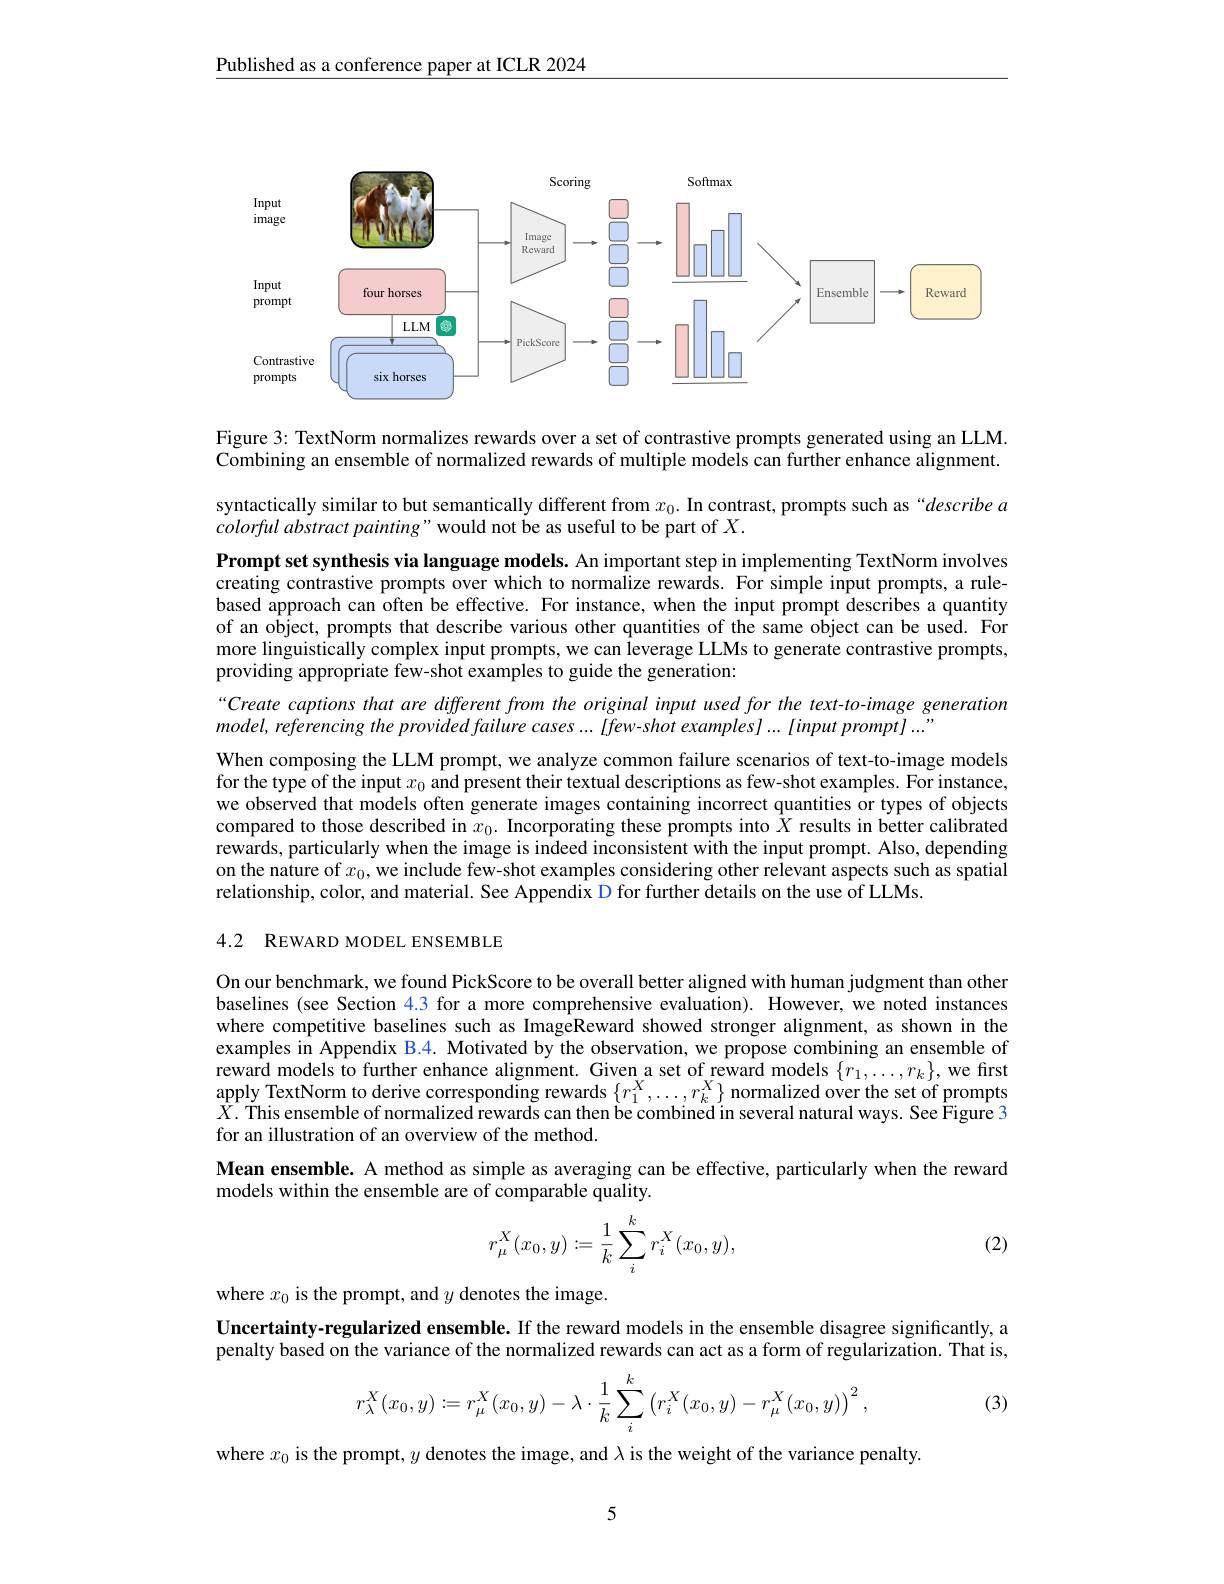
Published as a conference paper at ICLR 2024

<FigureHere>

Figure 3: TextNorm normalizes rewards over a set of contrastive prompts generated using an LLM. $\tilde{\text{Combining an ensemble of normalized rewards of multiple models can further enhance alignment.}}$

syntactically similar to but semantically different from $x_0.$ In contrast, prompts such as "describe a
$colorful\textit{ abstract painting" would not be as useful to be part of X. }$

Prompt set synthesis via language models. An important step in implementing TextNorm involves creating contrastive prompts over which to normalize rewards. For simple input prompts, a rulebased approach can often be effective. For instance, when the input prompt describes a quantity of an object, prompts that describe various other quantities of the same object can be used. For more linguistically complex input prompts, we can leverage LLMs to generate contrastive prompts, providing appropriate few-shot examples to guide the generation:
“Create captions that are different from the original input used for the text-to-image generation
model, referencing the provided failure cases ... [few-shot examples] ... [input prompt] ..."
When composing the LLM prompt, we analyze common failure scenarios of text-to-image models for the type of the input $x_0$ and present their textual descriptions as few-shot examples. For instance, we observed that models often generate images containing incorrect quantities or types of objects compared to those described in $x_0.$ Incorporating these prompts into $\bar{X}$ results in better calibrated rewards, particularly when the image is indeed inconsistent with the input prompt. Also, depending on the nature of $x_0$, we include few-shot examples considering other relevant aspects such as spatial relationship, color, and material. See Appendix D for further details on the use of LLMs.

4.2 REWARD MODEL ENSEMBLE

On our benchmark, we found PickScore to be overall better aligned with human judgment than other baselines (see Section 4.3 for a more comprehensive evaluation). However, we noted instances where competitive baselines such as ImageReward showed stronger alignment, as shown in the examples in Appendix B.4. Motivated by the observation, we propose combining an ensemble of reward models to further enhance alignment. Given a set of reward models $\{r_1,\ldots,r_k\}$, we first apply TextNorm to derive corresponding rewards $\{r_1^X,\ldots,r_k^X\}$ normalized over the set of prompts $\bar{X}.$ This ensemble of normalized rewards can then be combined in several natural ways. See $\bar{\text{Figure 3}}$ for an illustration of an overview of the method.
Mean ensemble. A method as simple as averaging can be effective, particularly when the reward
models within the ensemble are of comparable quality.
$$r_\mu^X(x_0,y):=\frac{1}{k}\sum_i^kr_i^X(x_0,y),$$
(2)

where $x_0$ is the prompt, and $y$ denotes the image.
Uncertainty-regularized ensemble. If the reward models in the ensemble disagree significantly, a penalty based on the variance of the normalized rewards can act as a form of regularization. That is,
$$r_\lambda^X(x_0,y):=r_\mu^X(x_0,y)-\lambda\cdot\frac{1}{k}\sum_i^k\left(r_i^X(x_0,y)-r_\mu^X(x_0,y)\right)^2,$$
(3)

where $x_0$ is the prompt, $y$ denotes the image, and $\lambda$ is the weight of the variance penalty.

5